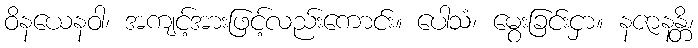
ဝိနယေနဝါ၊ အကျင့်အားဖြင့်လည်းကောင်း။ ပေါသံ၊ မွေးခြင်းငှာ။ နဇာနန္တိ၊